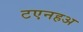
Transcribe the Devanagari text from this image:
टएनहअ